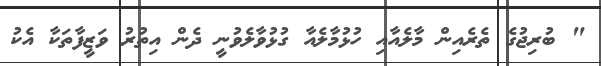
" ބުރިޖުގެ ތެރެއިން މާލެއާއި ހުޅުމާލެއާ ގުޅުވާލެވުނީ ދެން އިތުރު ވަޒީފާތަކާ އެކު